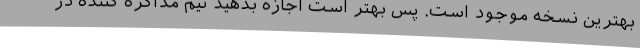
بهترین نسخه موجود است. پس بهتر است اجازه بدهید تیم مذاکره کننده در